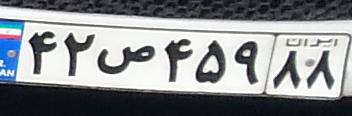
۴۲ص۴۵۹۸۸